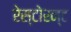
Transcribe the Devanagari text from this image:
रेस्टोरन्ट